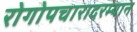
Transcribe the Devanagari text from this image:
रोगोपचारादरम्यान